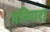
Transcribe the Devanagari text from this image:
पनियरा